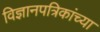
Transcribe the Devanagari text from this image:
विज्ञानपत्रिकांच्या